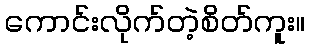
ကောင်းလိုက်တဲ့စိတ်ကူး။